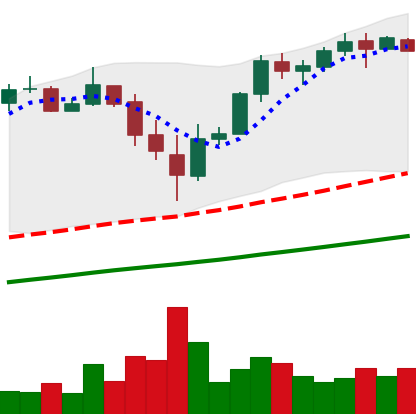
Ticker: BTC-USD
Chart end date: 2017-11-23
Forward return: 25.129%
Label: up_7plus